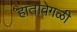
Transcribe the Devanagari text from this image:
हातावेगळी